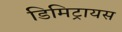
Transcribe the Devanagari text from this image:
डिमिट्रायस